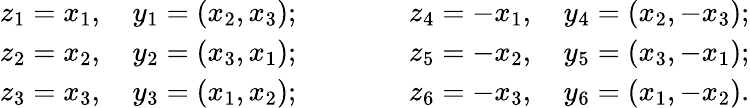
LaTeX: \begin{array}{l}{z_{1}=x_{1},\quad y_{1}=(x_{2},x_{3});}\\ {z_{2}=x_{2},\quad y_{2}=(x_{3},x_{1});}\\ {z_{3}=x_{3},\quad y_{3}=(x_{1},x_{2});}\end{array}\qquad\qquad\begin{array}{l}{z_{4}=-x_{1},\quad y_{4}=(x_{2},-x_{3});}\\ {z_{5}=-x_{2},\quad y_{5}=(x_{3},-x_{1});}\\ {z_{6}=-x_{3},\quad y_{6}=(x_{1},-x_{2}).}\end{array}